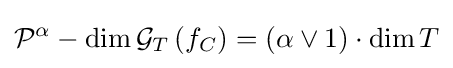
{\mathcal {P}}^{\alpha }-\dim {\mathcal {G}}_{T}\left(f_{C}\right)=(\alpha \vee 1)\cdot \dim T